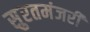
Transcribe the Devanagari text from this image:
सुरतमंजरी